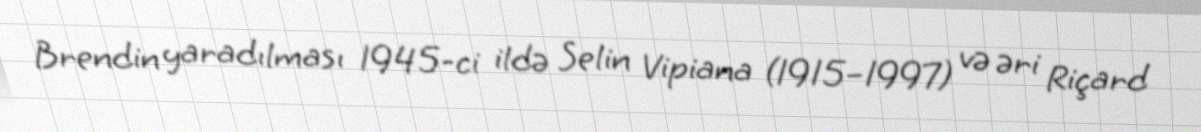
Brendin yaradılması 1945-ci ildə Selin Vipiana (1915–1997) və əri Riçard